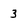
Character: 3